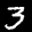
Label: 3